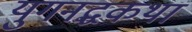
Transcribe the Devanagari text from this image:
युगनद्धकथा